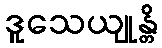
ဒူသေယျုန္တိ